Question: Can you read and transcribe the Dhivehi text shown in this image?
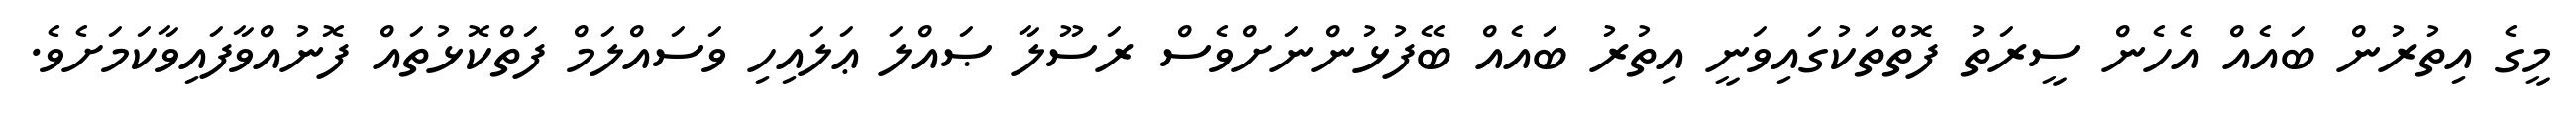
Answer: މީގެ އިތުރުން ބައެއް އެހެން ސީރަތު ފޮތްތަކުގައިވަނީ އިތުރު ބައެއް ބޭފުޅުންނަށްވެސް ރަސޫލާ ޞައްލަ ޢަލައިހި ވަސައްލަމް ފަތްކޮޅުތައް ފޮނުއްވާފައިވާކަމަށެވެ.